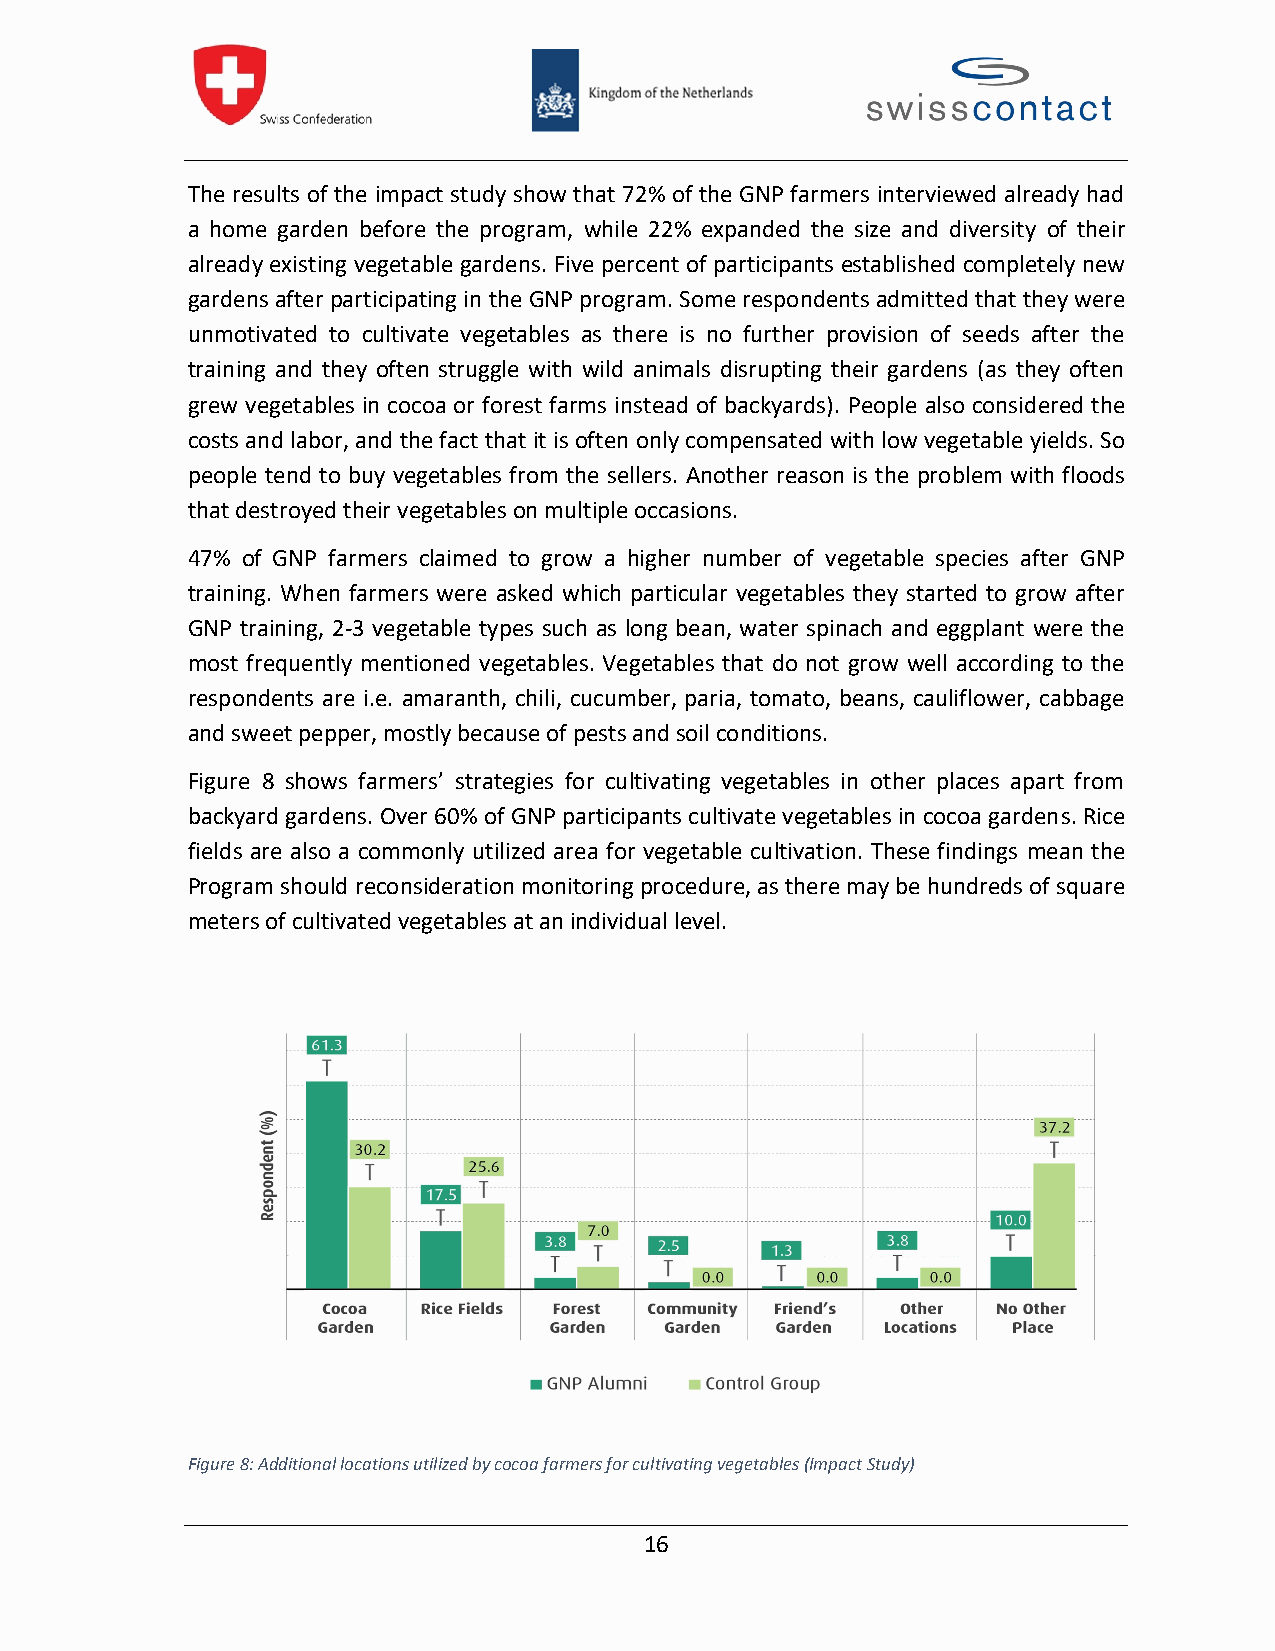
The results of the impact study show that 72% of the GNP farmers interviewed already had
 a home garden before the program, while 22% expanded the size and diversity of their
 already existing vegetable gardens. Five percent of participants established completely new
 gardensafterparticipating intheGNP program.Some respondents admittedthattheywere
 unmotivated to cultivate vegetables as there is no further provision of seeds after the
 training and they often struggle with wild animals disrupting their gardens (as they often
 grew vegetables in cocoa or forest farms instead of backyards). People also considered the
 costs and labor, and the fact that it isoftenonlycompensated with low vegetable yields. So
 people tend to buy vegetables from the sellers. Another reason is the problem with floods
 thatdestroyed their vegetableson multiple occasions.
 47% of GNP farmers claimed to grow a higher number of vegetable species after GNP
 training. When farmers were asked which particular vegetables they started to grow after
 GNP training, 2-3 vegetable types such as long bean, water spinach and eggplant were the
 most frequently mentioned vegetables. Vegetables that do not grow well according to the
 respondents are i.e. amaranth, chili, cucumber, paria, tomato, beans, cauliflower, cabbage
 and sweet pepper, mostlybecause of pestsandsoil conditions.
 Figure 8 shows farmers’ strategies for cultivating vegetables in other places apart from
 backyard gardens. Over 60% of GNP participants cultivate vegetables in cocoa gardens. Rice
 fields are also a commonly utilized area for vegetable cultivation. These findings mean the
 Program should reconsideration monitoring procedure, as there may behundreds of square
 metersofcultivated vegetables atanindividual level.
 Figure8:Additional locations utilized by cocoa farmers for cultivating vegetables(Impact Study)
 16